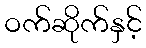
ဝက်ဆိုက်နှင့်